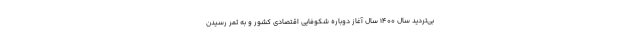
بی‌تردید سال ۱۴۰۰ سال آغاز دوباره شکوفایی اقتصادی کشور و به ثمر رسیدن